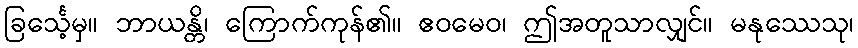
ခြင်္သေ့မှ။ ဘာယန္တိ၊ ကြောက်ကုန်၏။ ဧဝမေဝ၊ ဤအတူသာလျှင်။ မနုဿေသု၊